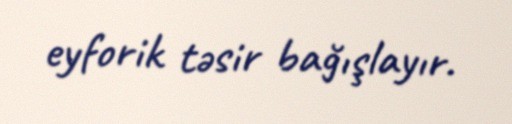
eyforik təsir bağışlayır.